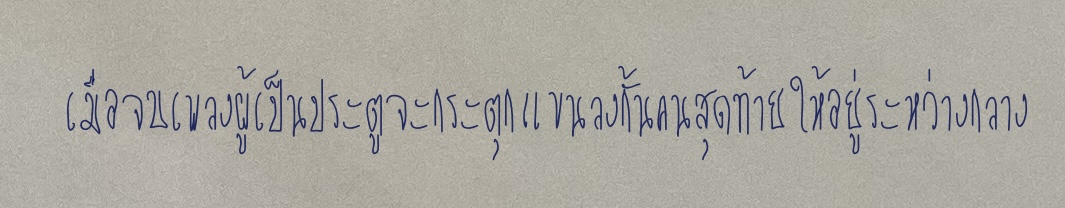
เมื่อจบเพลงผู้เป็นประตูจะกระตุกแขนลงกั้นคนสุดท้ายให้อยู่ระหว่างกลาง